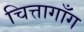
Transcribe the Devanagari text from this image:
चित्तागाँग